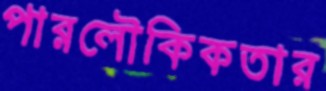
পারলৌকিকতার